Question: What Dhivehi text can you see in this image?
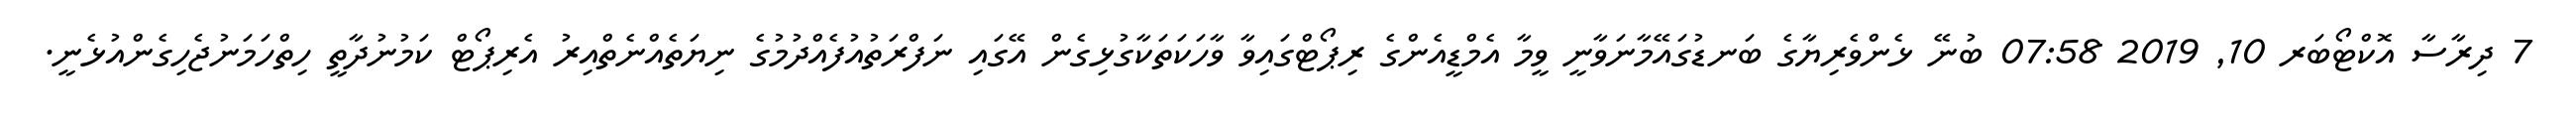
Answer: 7 ދިރާސާ އޮކްޓޯބަރ 10, 2019 07:58 ބުނޭ ޅެންވެރިޔާގެ ބަނޑުގައޭމާނަވާނީ ވީމާ އެމްޑީއެންގެ ރިޕޯޓްގައިވާ ވާހަކަތަކާގުޅިގެން އޭގައި ނަފްރަތުއުފެއްދުމުގެ ނިޔަތެއްނެތްއިރު އެރިޕޯޓް ކަމުނުދާތީ ހިތްހަމަނުޖެހިގެންއުޅެނީ.